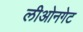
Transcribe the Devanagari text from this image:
लीओनगेट